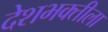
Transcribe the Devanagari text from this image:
देशभक्तीला